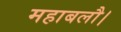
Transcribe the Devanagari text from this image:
महाबलौ।